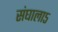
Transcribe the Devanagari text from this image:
संघाला५